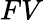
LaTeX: FV